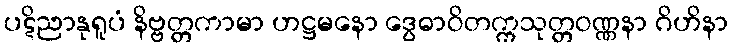
ပဋိညာနုရူပံ နိဗ္ဗတ္တကာမာ ဟဋ္ဌမနော ဒွေဓာဝိတက္ကသုတ္တဝဏ္ဏနာ ဂိဟိနာ